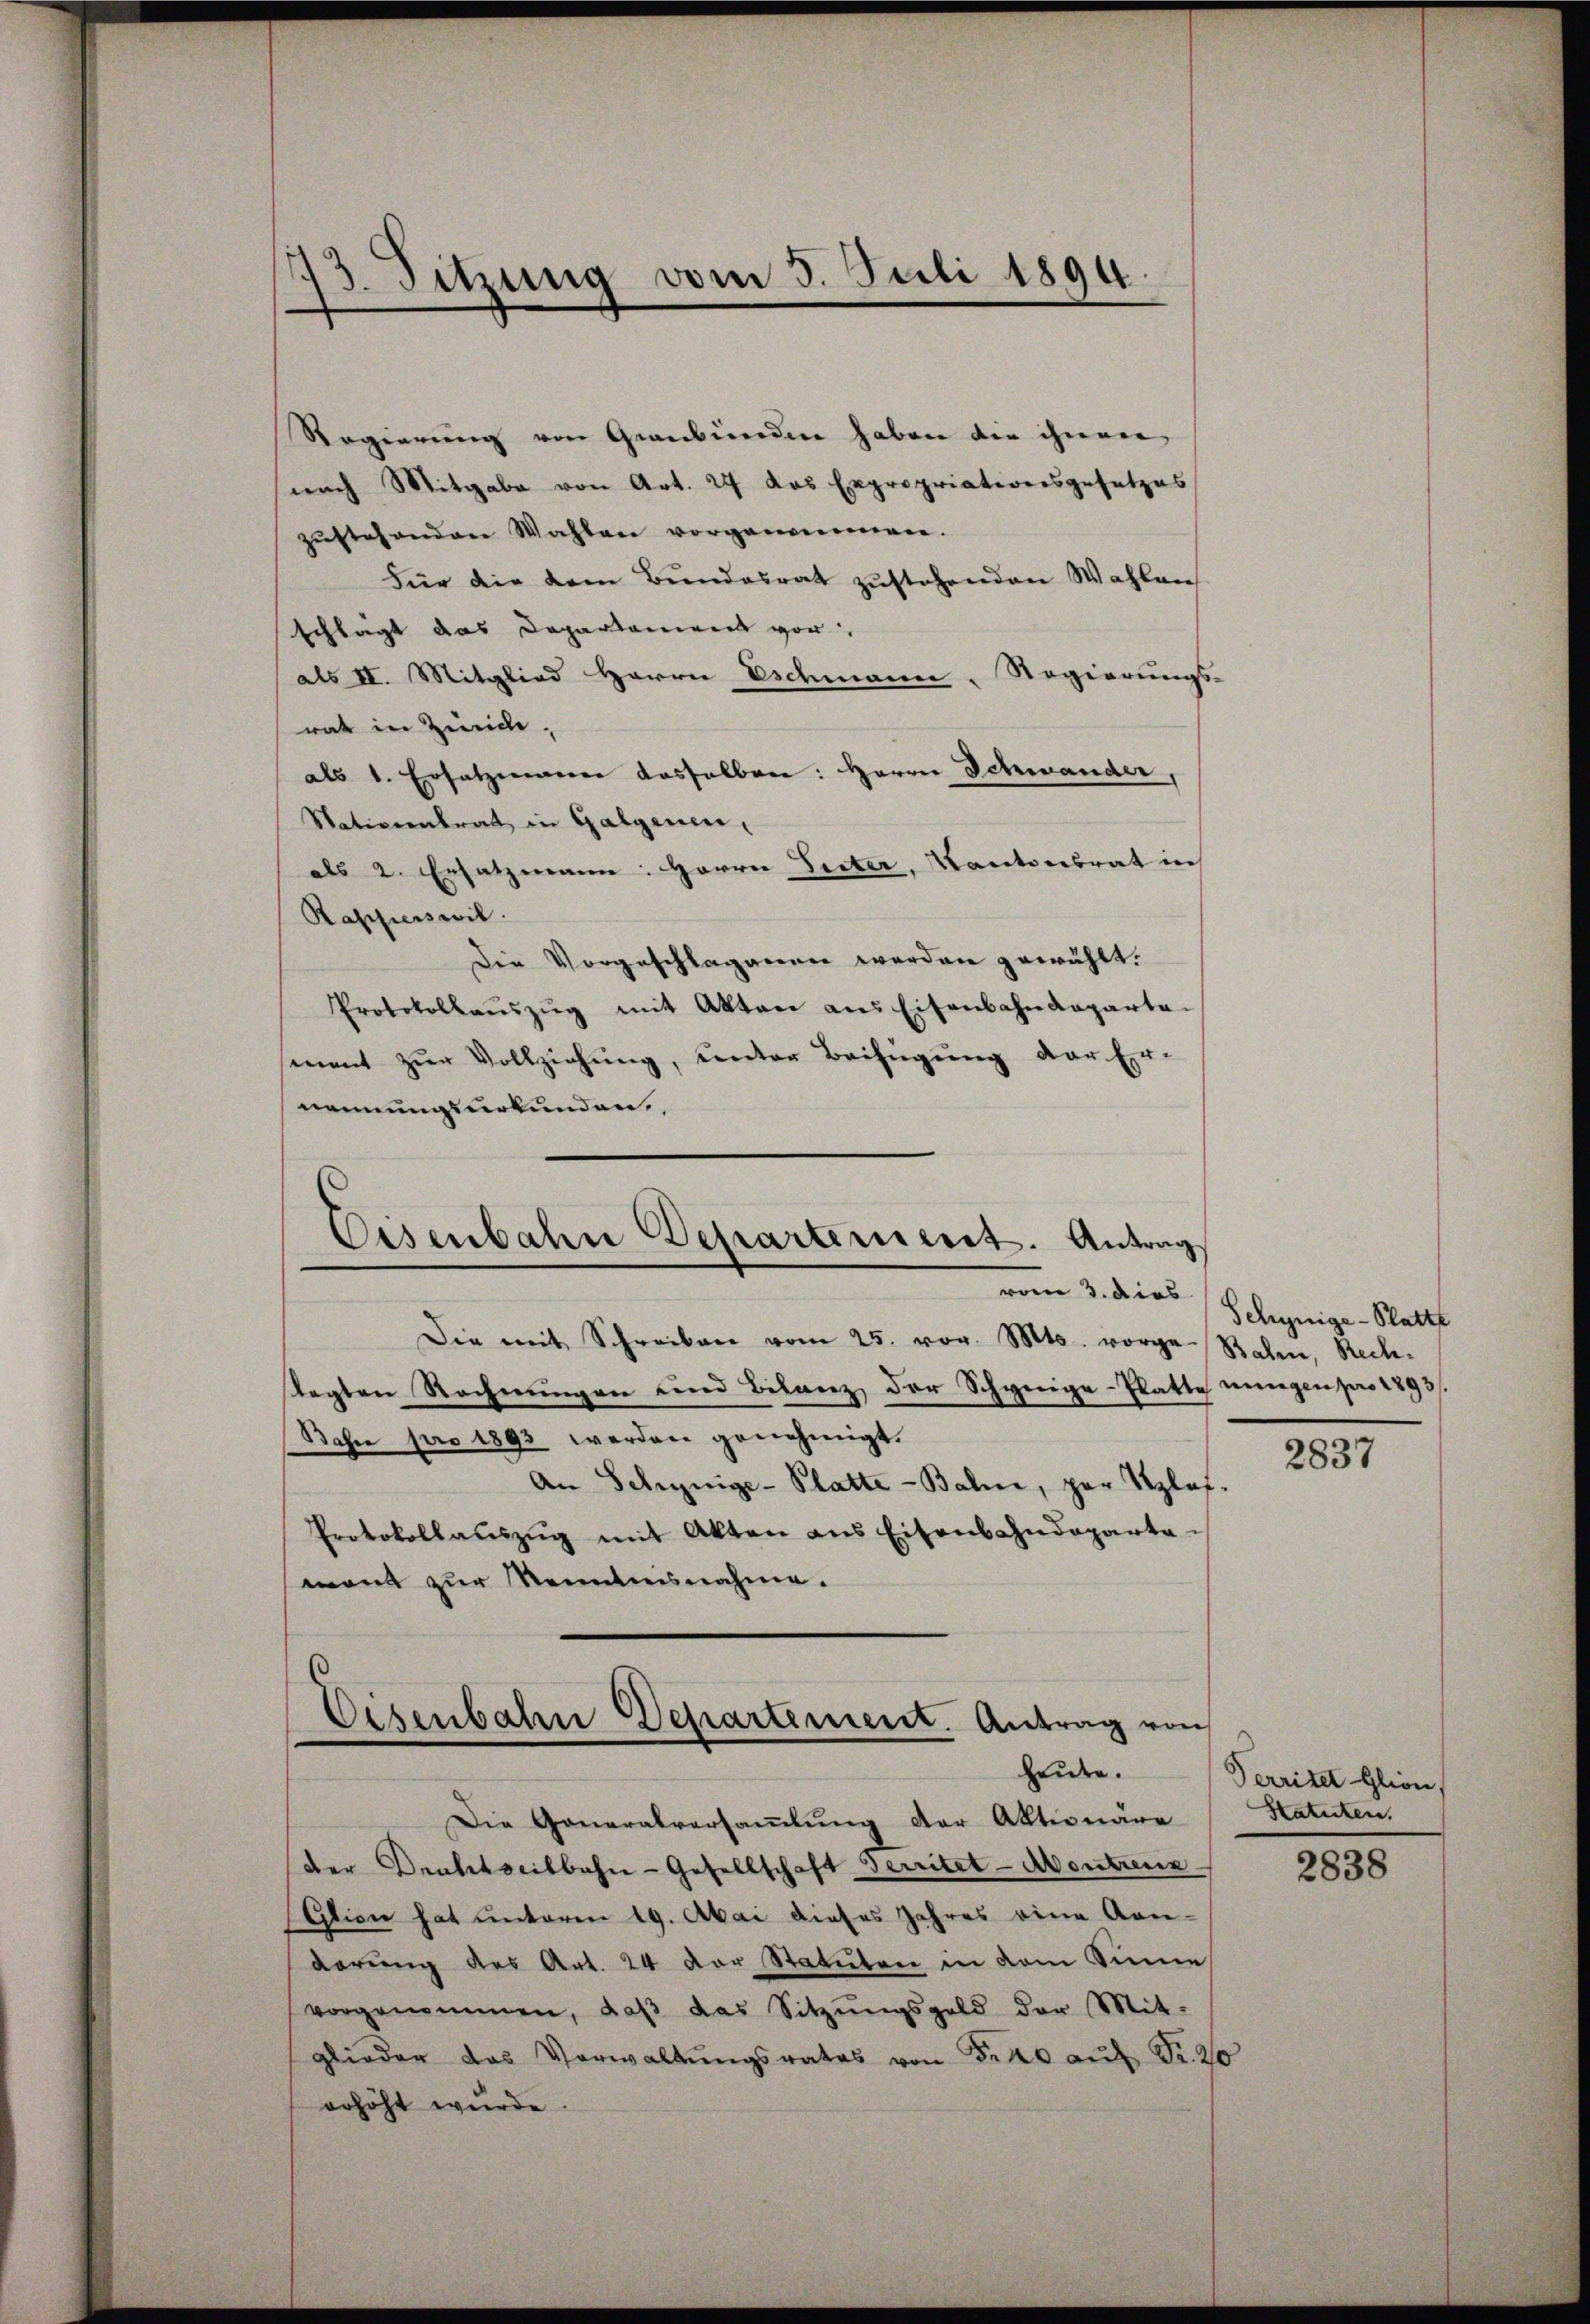
13.
Sitzung vom 5. Juli 1894.

Regierung von Graubünden haben die ihnen,
nach Mitgabe von Art. 24 das Expropriationsgesetzes
zustehenden Wahlen vorgenommen.
Für die dem Bundesrat zustehenden Wahlen
schlägt das Departament von
als II. Mitglied Herrn Eschmann, Regierungs-
rat in Zweide,
als 1. Ersatzmann dasselben: Herrn Schwander,
Nationentrat in Galgenen,
als 2. Ersatzmann: Herren Seiter, Kantonsrat in
Rapperswil.
Die Vorgeschlagenen werden gewählt.
Protokollaŭszŭg mit Akten ans Eisenbahndeparta-
mant zŭr Vollziehŭng, unter Beifügung der Er-
nennungsurkunden.

Eisenbahn Departement. Antrag
vom 3. dies

Die mit Schreiben vom 25. vor. Mts. vorge Raben, Rechtagten Rechnungen und Bilanz der Schynige-Platte nungen pro 1893/
Bahn pro 1893 werden genehmigt.
An Schynige-Platte - Baline, per Szlaf.
Protokollaŭszŭg mit Akten aus Eisenbahndeparta-
mont zur Kenntnisnahme.

Eisenbahn Departement. Antrag von
heute.

Die Generalversammlung der Aktionäre
der Drahtseitbahn-Gesellschaft Territet-Montreux
Ation hat unteren 19. Abai dieses Jahres eine An-
darung des Art. 24 der Statuten in dem Sinne
vorgenommen, daβ das Sitzŭngsgeld der Mit-
glieder das Verwaltŭngsrates von Fr. 40 aŭf Fr. 20
erhöht wurde

Schynige-Platte

2837

Perriter Glion,
Statuten.

2838